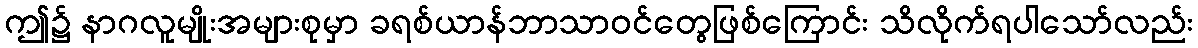
ဤ၌ နာဂလူမျိုးအများစုမှာ ခရစ်ယာန်ဘာသာဝင်တွေဖြစ်ကြောင်း သိလိုက်ရပါသော်လည်း